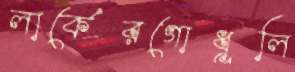
লার্কেরগোধূলি